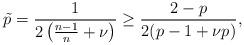
LaTeX: \begin{align*}\tilde{p} = \frac{1}{2\left(\frac{n-1}{n}+\nu\right)} \ge \frac{2-p}{2(p - 1 + \nu p)},\end{align*}